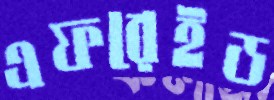
এফরেইড